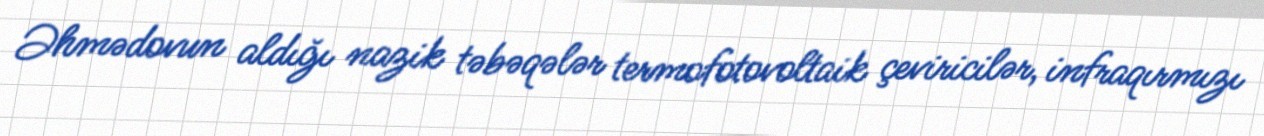
Əhmədovun aldığı nazik təbəqələr termofotovoltaik çeviricilər, infraqırmızı